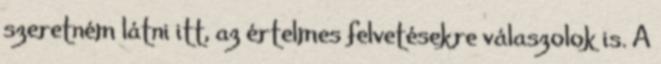
szeretném látni itt, az értelmes felvetésekre válaszolok is. A